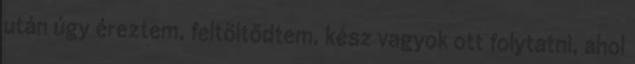
után úgy éreztem, feltöltődtem, kész vagyok ott folytatni, ahol